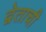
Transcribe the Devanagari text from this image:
द्वेताची